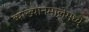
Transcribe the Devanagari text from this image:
व्याख्यानमालेमध्ये